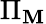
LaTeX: \Pi_{\mathbf{M}}